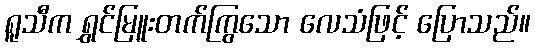
ရူသီက ရွှင်မြူးတက်ကြွသော လေသံဖြင့် ပြောသည်။